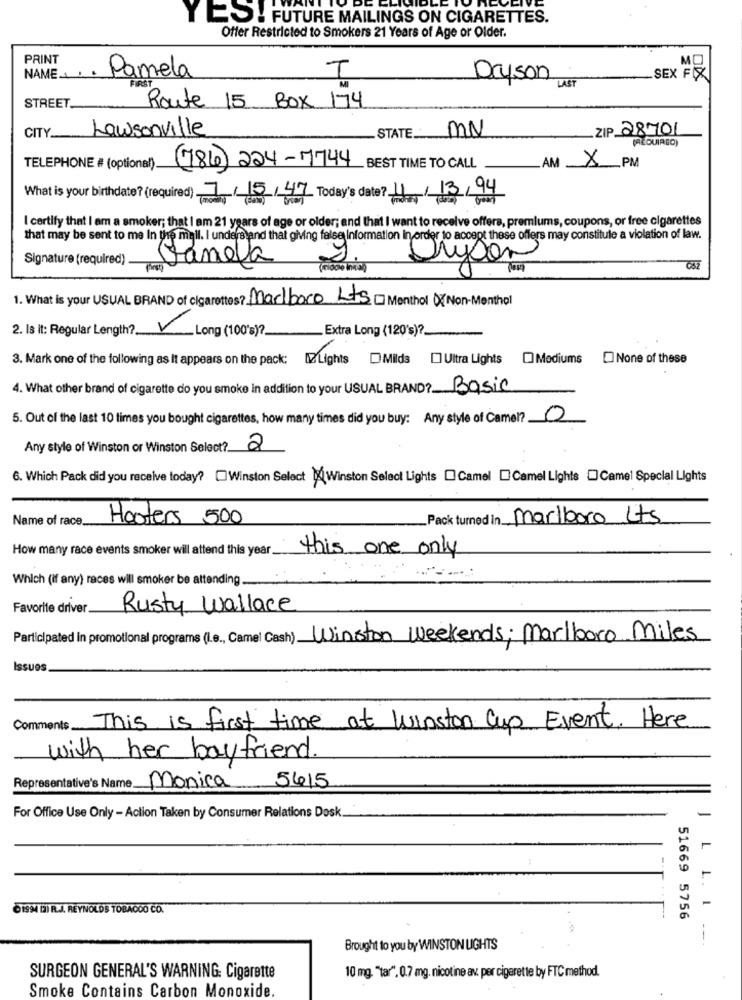
Y BO: FUTURE MAILINGS ON CIGARETTES.
Offer Restricted to Smokers 21 Years of Age or Older.
PRINT
NAME ..
Pamela
FIRST
Dryson
LAST
SEX FIX
STREET.
Route 15 BOX 174
Lawsonville
STATE _:
MN
ZIP 28701
CITY.
(REQUIRED)
AM
TELEPHONE # (optional)
(786) 224-7744 BEST TIME TO CALL
X PM
What is your birthdate? (required) 7/15/47 Today's date? 4/13/94
I certify that I am a smoker; that I am 21 years of age or older; and that I want to receive offers, premiums, coupons, or free cigarettes
that may be sent to me In the mall. I understand that giving false Information in order to accept these offers may constitule a violation of law.
Signature (required)
bryson
Janela
0
1. What is your USUAL BRAND of cigarettes? Marlboro Lts Menthol DX Non-Menthol
2. Is it: Regular Length ?.
-Long (100's) ?.
Extra Long (120's) ?.
3. Mark one of the following as It appears on the pack: [2 Lights DMilds [] Ultra Lights [] Mediums [ None of these
4. What other brand of cigarette do you smoke in addition to your USUAL BRAND? Basic
5. Out of the last 10 times you bought cigarettes, how many times did you buy: Any style of Camel? 0
Any style of Winston or Winston Select? 2
6. Which Pack did you receive today? [Winston Select Mi Winston Select Lights [ Camel [Camel Lights Camel Special Lights
Name of race.
Hooters 500
_Pack turned in Marlboro Lts
How many race events smoker will attend this year.
this one only
Which (if any) races will smoker be attending.
Favorite driver.
Rusty Wallace
Participated in promotional programs (Le ., Camel Cash) Winston Weekends; Marlboro Miles
Issues
Comments This is first time at Winston Cup Event. Here
with her boyfriend.
Representative's Name Monica
5415
For Office Use Only - Action Taken by Consumer Relations Dosk.
01994 DI R.J. REYNOLDS TOBAGOO CO.
JLL. I
51669 5756
Brought to you by WINSTON LIGHTS
SURGEON GENERAL'S WARNING: Cigarette
10 mg. "tar", 0.7 mg. nicotine av. per cigarette by FTC method.
Smoke Contains Carbon Monoxide.